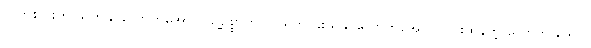
သူတစ်ပါးကို သတ်နိုင်လောက်အောင် သူ့ဥစ္စာကို လုယက် ခိုးယူနိုင်လောက်အောင် ပြင်းထန်တဲ့ လောဘ ဒေါသ